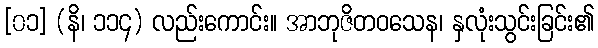
[၀၁] (နိ၊ ၁၁၄) လည်းကောင်း။ အာဘုဇိတဝသေန၊ နှလုံးသွင်းခြင်း၏